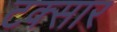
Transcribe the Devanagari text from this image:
टक्सार